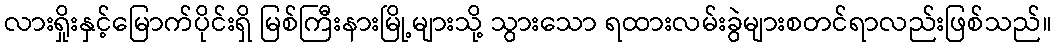
လားရှိုးနှင့်မြောက်ပိုင်းရှိ မြစ်ကြီးနားမြို့များသို့ သွားသော ရထားလမ်းခွဲများစတင်ရာလည်းဖြစ်သည်။